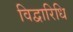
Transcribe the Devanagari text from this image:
विद्वारिधि